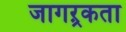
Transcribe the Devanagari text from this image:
जागऱ्रकता